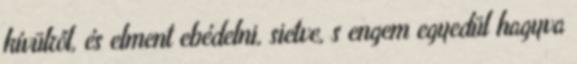
kívülről, és elment ebédelni, sietve, s engem egyedül hagyva